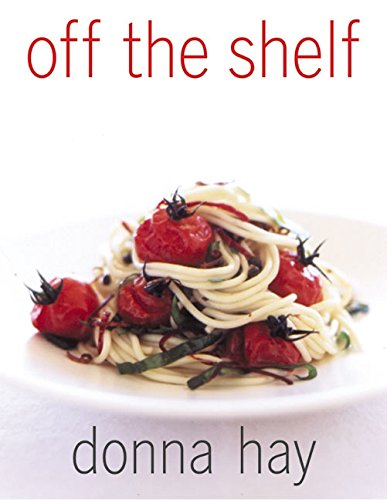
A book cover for Off The Shelf: Cooking From the Pantry; Donna Hay; Cookbooks, Food & Wine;